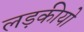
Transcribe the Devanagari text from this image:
लड़कीयो